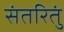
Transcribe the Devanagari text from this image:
संतरितुं